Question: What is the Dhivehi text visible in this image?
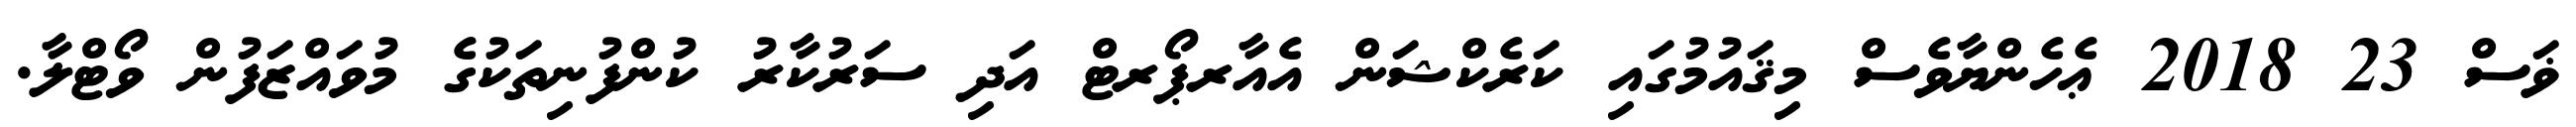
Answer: ޥަސް 23 2018 ޢެހެންޔާވެސް މިޤައުމުގައި ކަރެކްޝަން އެއާރޕޯރޓް އަދި ސަރުކާރު ކުންފުނިތަކުގެ މުވައްޒަފުން ވޯޓްލާ.